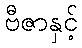
ဗီဇာနှင့်